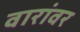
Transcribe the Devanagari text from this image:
वारांवर